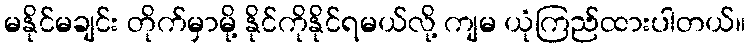
မနိုင်မချင်း တိုက်မှာမို့ နိုင်ကိုနိုင်ရမယ်လို့ ကျမ ယုံကြည်ထားပါတယ်။